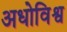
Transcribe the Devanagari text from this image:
अधोविश्व